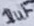
Text: 1uF